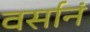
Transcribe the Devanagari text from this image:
वर्सानं